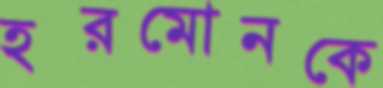
হরমোনকে